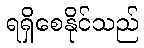
ရရှိစေနိုင်သည်